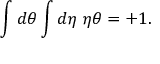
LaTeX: \int d \theta \int d \eta \; \eta \theta = + 1 .